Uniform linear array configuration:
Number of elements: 48
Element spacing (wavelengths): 0.5
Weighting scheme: exponential
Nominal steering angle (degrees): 45
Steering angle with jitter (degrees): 45.297
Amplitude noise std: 0.05
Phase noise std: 0.05

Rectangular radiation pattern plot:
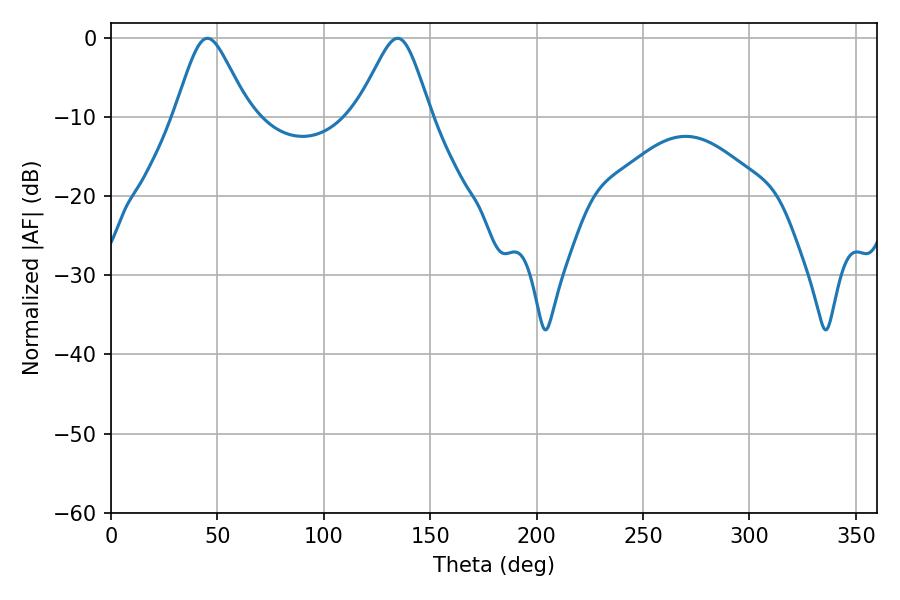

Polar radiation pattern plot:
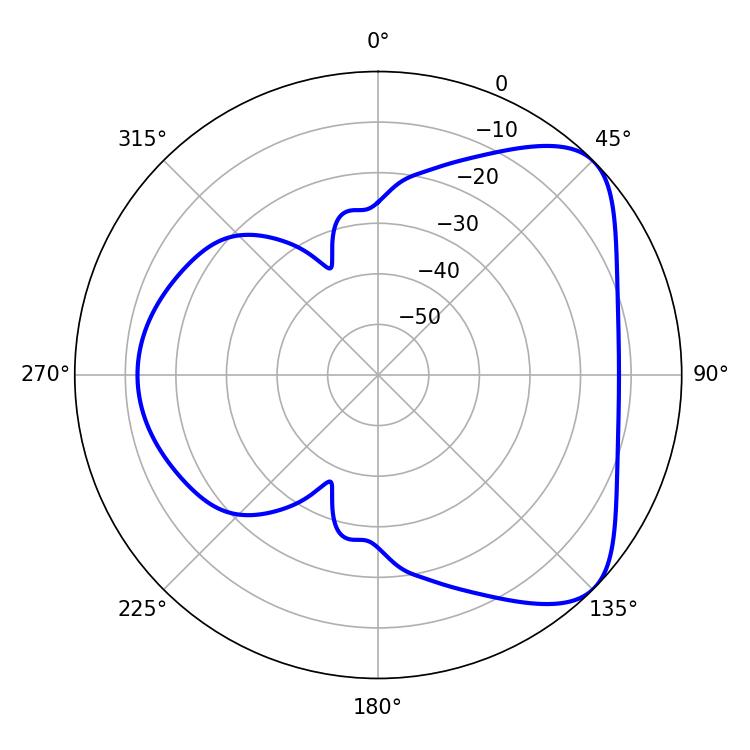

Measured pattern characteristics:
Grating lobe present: FALSE
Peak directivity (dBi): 5.988
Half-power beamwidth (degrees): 16.92
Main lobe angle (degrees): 45.36